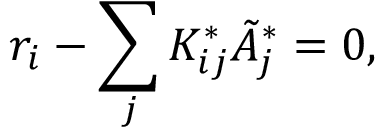
r _ { i } - \sum _ { j } K _ { i j } ^ { * } \tilde { A } _ { j } ^ { * } = 0 ,